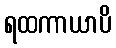
ရထကာယာပိ